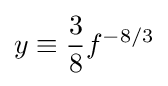
y\equiv {\frac {3}{8}}f^{-8/3}